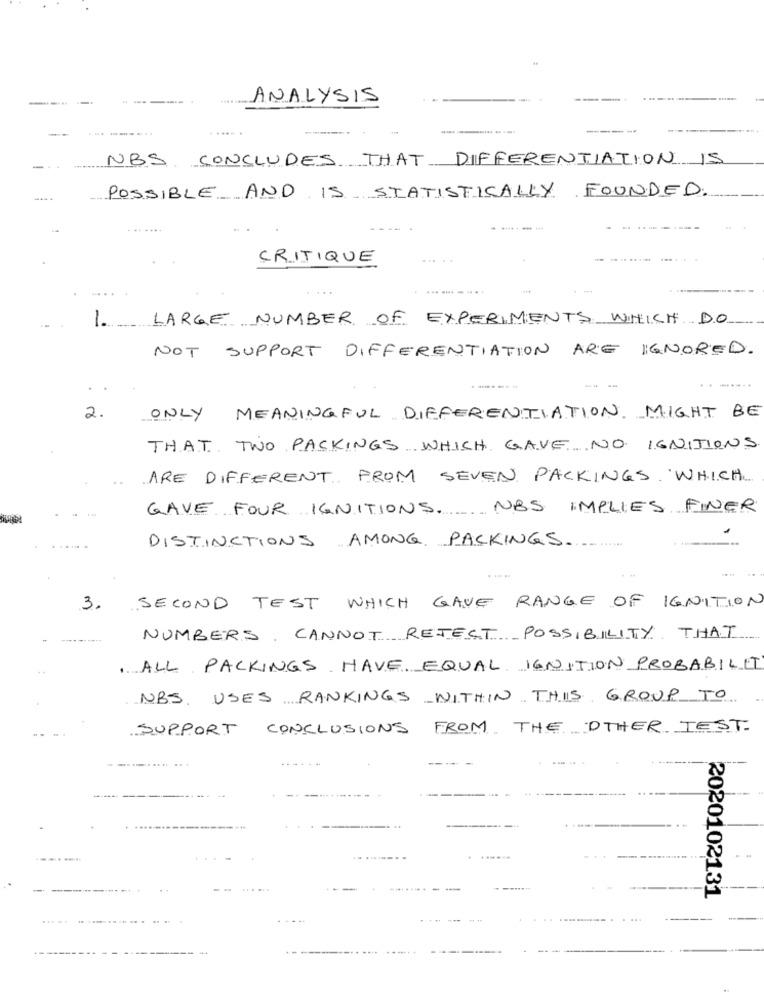
ANALYSIS
---.
-- ----...
..... .
-
----
NBS CONCLUDES THAT DIFFERENTIATION IS
-
FOUNDED
POSSIBLE AND IS STATISTICALLY
----
CRITIQUE
1. LARGE NUMBER OF EXPERIMENTS WHICH DO
NOT SUPPORT DIFFERENTIATION ARE IGNORED.
---
2.
ONLY
MEANINGFUL DIFFERENTIATION MIGHT BE
THAT TWO PACKINGS WHICH GAVE NO IGNITIONS
ARE DIFFERENT FROM SEVEN PACKINGS WHICH.
GAVE FOUR IGNITIONS. NBS IMPLIES FINER
DISTINCTIONS AMONG PACKINGS.
.. ......
3.
SECOND TEST WHICH GAVE RANGE OF IGNITION
NUMBERS, CANNOT REJECT POSSIBILITY THAT
ALL PACKINGS HAVE EQUAL IGNITION PROBABILET
NBS USES RANKINGS WITHIN THIS GROUP TO
SUPPORT CONCLUSIONS FROM THE OTHER TEST.
---
2020102131
. ...